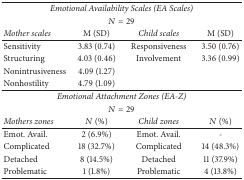
<table><thead><tr><td colspan="4"><b><i>Emotional Availability Scales (EA Scales)</i></b></td></tr><tr><td colspan="4"><b><i>N</i> = 29</b></td></tr><tr><td><b><i>Mother scales</i></b></td><td><b>M (SD)</b></td><td><b><i>Child scales</i></b></td><td><b>M (SD)</b></td></tr></thead><tbody><tr><td>Sensitivity</td><td>3.83 (0.74)</td><td>Responsiveness</td><td>3.50 (0.76)</td></tr><tr><td>Structuring</td><td>4.03 (0.46)</td><td>Involvement</td><td>3.36 (0.99)</td></tr><tr><td>Nonintrusiveness</td><td>4.09 (1.27)</td><td> </td><td> </td></tr><tr><td>Nonhostility</td><td>4.79 (1.09)</td><td> </td><td> </td></tr><tr><td colspan="4"><i>Emotional Attachment Zones (EA-Z)</i></td></tr><tr><td colspan="4"><i>N</i> = 29</td></tr><tr><td><i>Mothers zones</i></td><td><i>N</i> (%)</td><td><i>Child zones</i></td><td><i>N</i> (%)</td></tr><tr><td>Emot. Avail.</td><td>2 (6.9%)</td><td>Emot. Avail.</td><td>-</td></tr><tr><td>Complicated</td><td>18 (32.7%)</td><td>Complicated</td><td>14 (48.3%)</td></tr><tr><td>Detached</td><td>8 (14.5%)</td><td>Detached</td><td>11 (37.9%)</td></tr><tr><td>Problematic</td><td>1 (1.8%)</td><td>Problematic</td><td>4 (13.8%)</td></tr></tbody></table>